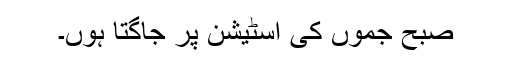
صبح جموں کی اسٹیشن پر جاگتا ہوں۔